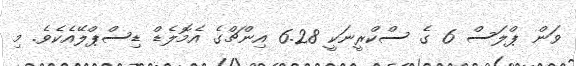
ވަން ޕްލަސް 6 ގެ ސްކްރީނަކީ 6.28 އިންޗްގެ އެމޮލެޑް ޑިސްޕްލޭއެކެވެ. މި